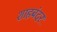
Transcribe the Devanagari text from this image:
शाहबंदर